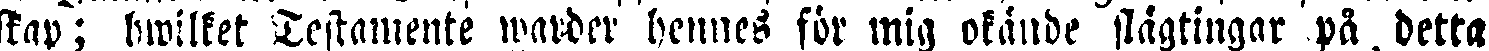
skap; hwilket Testamente warder hennes för mig okände slägtingar på detta